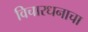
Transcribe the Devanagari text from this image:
विचारधनाचा